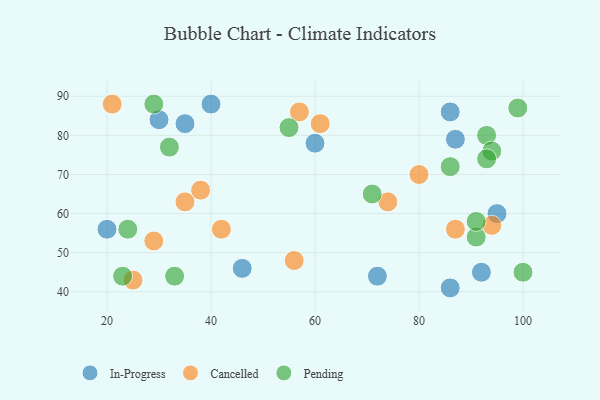
{"axis": {"x": "GDP", "y": "Life Expectancy"}, "legend": ["Cancelled", "In-Progress", "Pending"], "data": [{"x": "95", "y": 60, "type": "In-Progress"}, {"x": "40", "y": 88, "type": "In-Progress"}, {"x": "46", "y": 46, "type": "In-Progress"}, {"x": "87", "y": 79, "type": "In-Progress"}, {"x": "20", "y": 56, "type": "In-Progress"}, {"x": "72", "y": 44, "type": "In-Progress"}, {"x": "86", "y": 41, "type": "In-Progress"}, {"x": "92", "y": 45, "type": "In-Progress"}, {"x": "60", "y": 78, "type": "In-Progress"}, {"x": "35", "y": 83, "type": "In-Progress"}, {"x": "30", "y": 84, "type": "In-Progress"}, {"x": "86", "y": 86, "type": "In-Progress"}, {"x": "74", "y": 63, "type": "Cancelled"}, {"x": "87", "y": 56, "type": "Cancelled"}, {"x": "29", "y": 53, "type": "Cancelled"}, {"x": "35", "y": 63, "type": "Cancelled"}, {"x": "94", "y": 57, "type": "Cancelled"}, {"x": "61", "y": 83, "type": "Cancelled"}, {"x": "38", "y": 66, "type": "Cancelled"}, {"x": "42", "y": 56, "type": "Cancelled"}, {"x": "21", "y": 88, "type": "Cancelled"}, {"x": "80", "y": 70, "type": "Cancelled"}, {"x": "56", "y": 48, "type": "Cancelled"}, {"x": "57", "y": 86, "type": "Cancelled"}, {"x": "25", "y": 43, "type": "Cancelled"}, {"x": "24", "y": 56, "type": "Pending"}, {"x": "93", "y": 80, "type": "Pending"}, {"x": "91", "y": 54, "type": "Pending"}, {"x": "55", "y": 82, "type": "Pending"}, {"x": "91", "y": 58, "type": "Pending"}, {"x": "33", "y": 44, "type": "Pending"}, {"x": "100", "y": 45, "type": "Pending"}, {"x": "32", "y": 77, "type": "Pending"}, {"x": "94", "y": 76, "type": "Pending"}, {"x": "71", "y": 65, "type": "Pending"}, {"x": "99", "y": 87, "type": "Pending"}, {"x": "93", "y": 74, "type": "Pending"}, {"x": "29", "y": 88, "type": "Pending"}, {"x": "86", "y": 72, "type": "Pending"}, {"x": "23", "y": 44, "type": "Pending"}]}